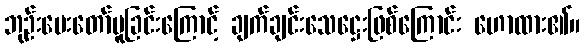
ဘုဉ်းပေးတော်မူခြင်းကြောင့် ချက်ချင်းသေဋ္ဌေးဖြစ်ကြောင်း ဟောထား၏။